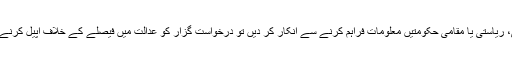
اگر حکومت یعنی وفاقی، ریاستی یا مقامی حکومتیں معلومات فراہم کرنے سے انکار کر دیں تو درخواست گزار کو عدالت میں فیصلے کے خلاف اپیل کرنے کا حق حاصل ہوتا ہے۔